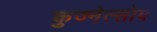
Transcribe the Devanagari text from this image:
कुज्नेत्सोव